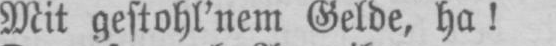
Mit gestohl’nem Gelde, ha!